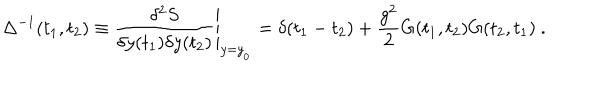
LaTeX: \Delta ^ { - 1 } ( t _ { 1 } , t _ { 2 } ) \equiv \left. { \frac { \delta ^ { 2 } S } { \delta y ( t _ { 1 } ) \delta y ( t _ { 2 } ) } } \right| _ { y = { y } _ { { } _ { 0 } } } = \delta ( t _ { 1 } - t _ { 2 } ) + { \frac { g ^ { 2 } } { 2 } } G ( t _ { 1 } , t _ { 2 } ) G ( t _ { 2 } , t _ { 1 } ) \ .